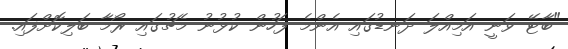
"ބާޓޭ ވަނީ އަމިއްލަ ދަނޑުގައި އެންމެ ފަހުން ކުޅުނު މެޗުގައި ރޯމާ ބަލިކޮށްފައި.